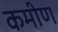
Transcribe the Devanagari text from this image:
कमीण